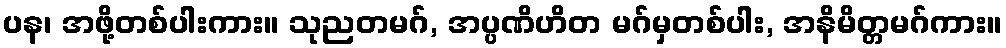
ပန၊ အဖို့တစ်ပါးကား။ သုညတမဂ်, အပ္ပဏိဟိတ မဂ်မှတစ်ပါး, အနိမိတ္တမဂ်ကား။